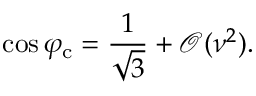
\cos { \varphi _ { \mathrm { c } } } = \frac { 1 } { \sqrt { 3 } } + \mathcal { O } ( \nu ^ { 2 } ) .